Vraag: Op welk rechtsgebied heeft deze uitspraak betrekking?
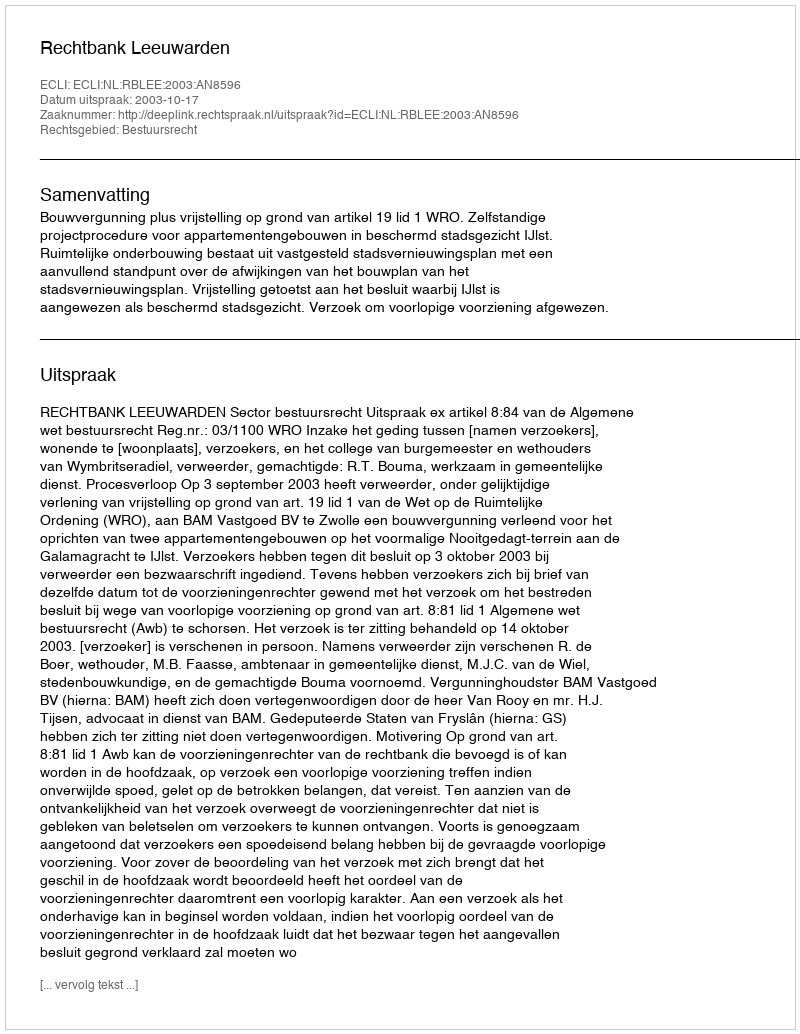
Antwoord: Bestuursrecht